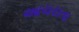
આચરાતા